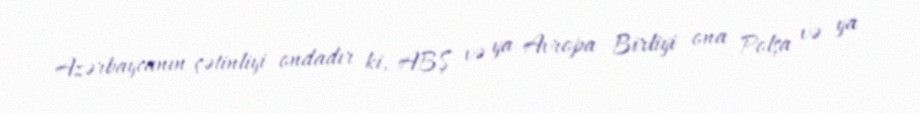
Azərbaycanın çətinliyi ondadır ki, ABŞ və ya Avropa Birliyi ona Polşa və ya